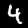
Digit: 4